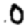
Digit: 0